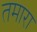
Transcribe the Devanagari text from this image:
तमारा